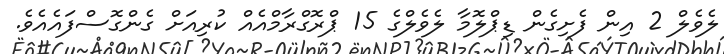
ލެވެލް 2 އިން ފެށިގެން ޑިޕްލޮމާ ލެވެލްގެ 15 ޕްރޮގްރާމްއެއް ކުރިއަށް ގެންގޮސްފައެއެވެ.